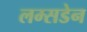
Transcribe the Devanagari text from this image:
लम्सडेन